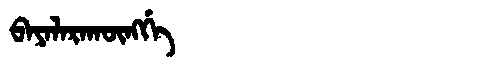
Manchu: ᠪᠠᠶᠠᠯᠠᡵᠠᡴᡡᠩᡤᡝ
Romanization: BAYALARAKŪNGGE